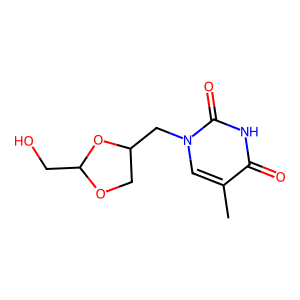
SMILES: Cc1cn(CC2COC(CO)O2)c(=O)[nH]c1=O
Inhibits HIV replication: No